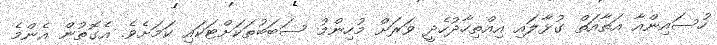
ހުސައިންއާ އަތާއަތް ގުޅާލައި އިއްތިހާދުހެދީ ވަރަށް މުހިންމު ސަބަބުތަކަށްޓަކައި ކަމަށެވެ. އެގޮތުން އެންމެ